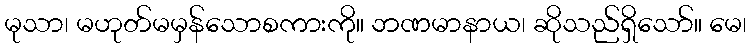
မုသာ၊ မဟုတ်မမှန်သောစကားကို။ ဘဏမာနာယ၊ ဆိုသည်ရှိသော်။ မေ၊